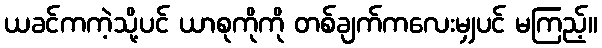
ယခင်ကကဲ့သို့ပင် ယာစုကိုကို တစ်ချက်ကလေးမျှပင် မကြည့်။